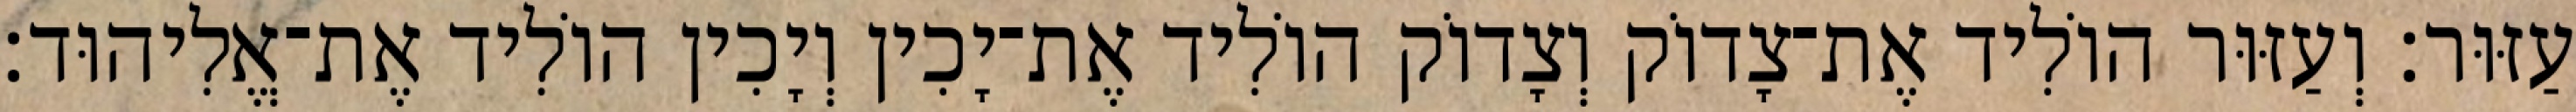
עַזּוּר׃ וְעַזּוּר הוֹלִיד אֶת־צָדוֹק וְצָדוֹק הוֹלִיד אֶת־יָכִין וְיָכִין הוֹלִיד אֶת־אֱלִיהוּד׃